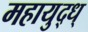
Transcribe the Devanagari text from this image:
महायुद्ध्